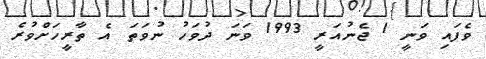
ވެފައި ވަނީ 1 ޖެނުއަރީ 1993 ވަނަ ދުވަހު ނުވަތަ އެ ތާރީހަށްވުރެ